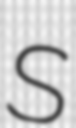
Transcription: S